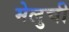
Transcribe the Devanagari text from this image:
मेलुची